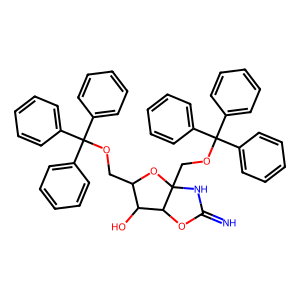
SMILES: N=C1NC2(COC(c3ccccc3)(c3ccccc3)c3ccccc3)OC(COC(c3ccccc3)(c3ccccc3)c3ccccc3)C(O)C2O1
Inhibits HIV replication: No